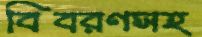
বিবরণসহ